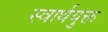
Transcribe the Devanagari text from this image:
स्वार्थयुक्त